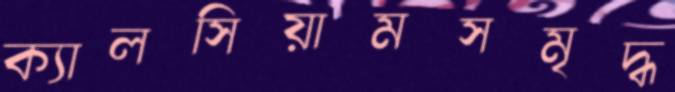
ক্যালসিয়ামসমৃদ্ধ